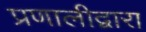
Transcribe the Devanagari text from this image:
प्रणालीद्वारा